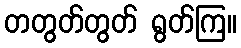
တတွတ်တွတ် ရွတ်ကြ။